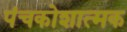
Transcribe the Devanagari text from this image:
पंचकोशात्मक